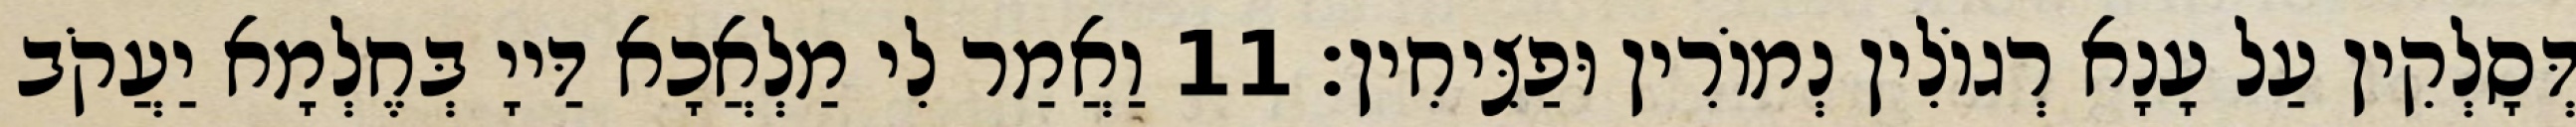
דְּסָלְקִין עַל עָנָא רְגוֹלִין נְמוֹרִין וּפַצִּיחִין׃ 11 וַאֲמַר לִי מַלְאֲכָא דַּייָ בְּחֶלְמָא יַעֲקֹב